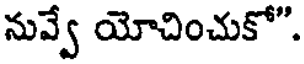
నువ్వే యోచించుకో".